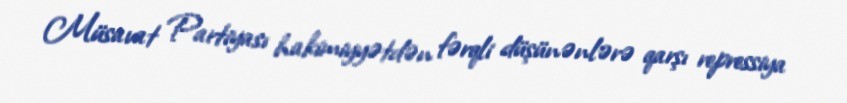
Müsavat Partiyası hakimiyyətdən fərqli düşünənlərə qarşı repressiya